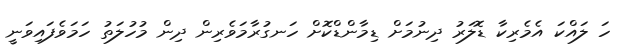
ހަ ލައްކަ އެމެރިކާ ޑޮލަރު ދިނުމަށް ޑިމާންޑްކޮށް ހަނގުރާމަވެރިން ދިން މުހުލަތު ހަމަވެފައިވަނީ